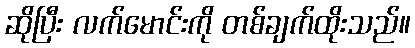
ဆိုပြီး လက်မောင်းကို တစ်ချက်ထိုးသည်။